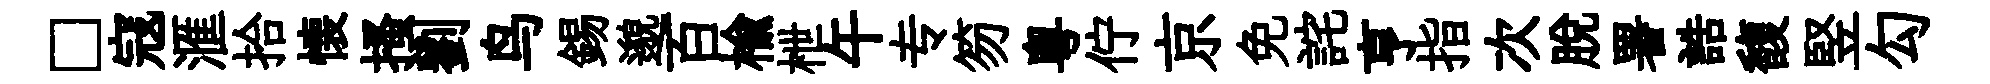
□寇滙拾懐搔劉鸟錫邈百榆枻午专笏粵佇京免詫亨指次脱署誥馥竪勾